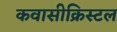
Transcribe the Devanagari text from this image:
कवासीक्रिस्टल